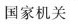
国家机关